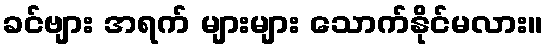
ခင်ဗျား အရက် များများ သောက်နိုင်မလား။